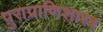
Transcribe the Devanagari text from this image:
पुराप्राणिशास्त्र